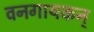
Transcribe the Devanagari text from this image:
वनगायकन्